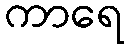
ကာရေ